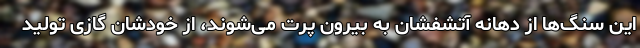
این سنگ‌ها از دهانه آتشفشان به بیرون پرت می‌شوند، از خودشان گازی تولید